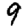
Digit: 9